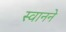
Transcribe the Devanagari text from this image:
स्वानने